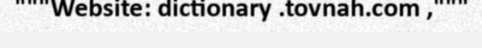
"""Website: dictionary .tovnah.com ,"""